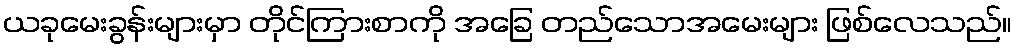
ယခုမေးခွန်းများမှာ တိုင်ကြားစာကို အခြေ တည်သောအမေးများ ဖြစ်လေသည်။